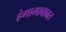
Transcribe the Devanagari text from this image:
हंगामाबाबत